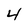
Character: 4